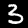
Digit: 3